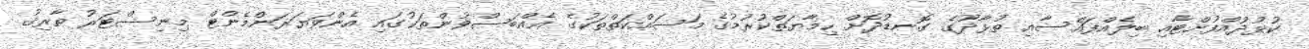
ކުޅުދުއްފުށްޓާއި ބިލެއްފައްސާއި ތުޅާދޫގެ ގޮނޑުދޮށް ހިމާޔަތްކުރުމުގެ މަސައްކަތްތަކުގެ އެއްބަސްވުންތަކުގައި އެންވަޔަރަންމެންޓް މިނިސްޓަރު ތާރިޤު